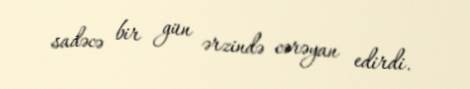
sadəcə bir gün ərzində cərəyan edirdi.